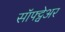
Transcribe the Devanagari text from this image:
सॉफ्ट्वेअर